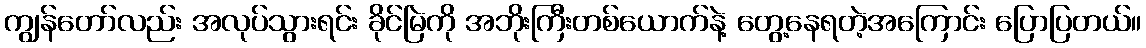
ကျွန်တော်လည်း အလုပ်သွားရင်း ခိုင်မြဲကို အဘိုးကြီးတစ်ယောက်နဲ့ တွေ့နေရတဲ့အကြောင်း ပြောပြတယ်။